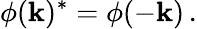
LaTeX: \phi(\mathbf{k})^{*}=\phi(-\mathbf{k})\, .